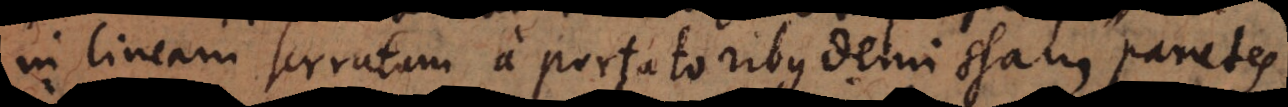
in lineam serratam a portatoribus demissam, parietes